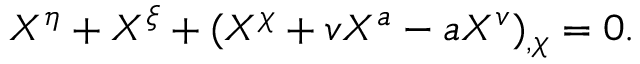
X ^ { \eta } + X ^ { \xi } + ( X ^ { \chi } + v X ^ { a } - a X ^ { v } ) _ { , \chi } = 0 .